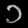
Digit: ၁